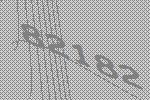
82182